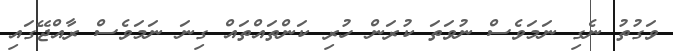
ވަގުތު ނެގި ނަމަވެސް ނުވަތަ ކުރަން ހުރި ކަންތައްތައް ގިނަ ނަމަވެސް ރާއްޖޭގައި